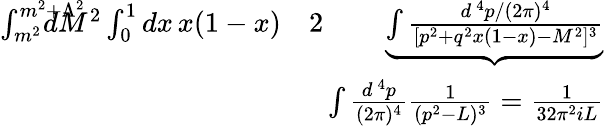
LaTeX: \begin{array}{rlr}{\int_{m^{2}}^{m^{2}+\Lambda^{2}}\! \! \! \! \! \! \! \! \! \! dM^{2}\int_{0}^{1}dx\, x(1-x)}&{2}&{\underbrace{\int{\frac{d^{\, 4}p/(2\pi)^{4}}{[p^{2}+q^{2}x(1-x)-M^{2}]^{3}}}}}\\ &{}&{\! \! \! \! \! \int{\frac{d^{\, 4}p}{(2\pi)^{4}}}{\frac{1}{(p^{2}-L)^{3}}}={\frac{1}{32\pi^{2}iL}}}\end{array}